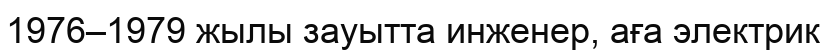
1976–1979 жылы зауытта инженер, аға электрик